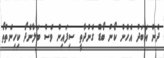
ދެން އަބަދު އެހެން ކޯނު ބޯޑް ގެންދާތީ ސިފައިން ވެސް ބަލާނެދޯ ކިހިނެތްތޯ